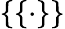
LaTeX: \{ \{ \cdot\} \}